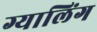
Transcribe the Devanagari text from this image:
ग्यालिंग